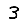
Digit: 3